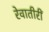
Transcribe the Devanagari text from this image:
रेवातीरीं